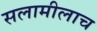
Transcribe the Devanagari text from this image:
सलामीलाच